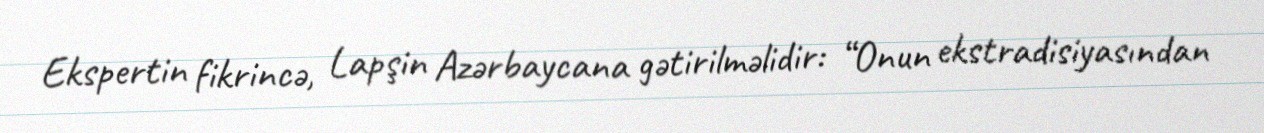
Ekspertin fikrincə, Lapşin Azərbaycana gətirilməlidir: “Onun ekstradisiyasından